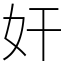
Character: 奸